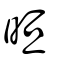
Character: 晅